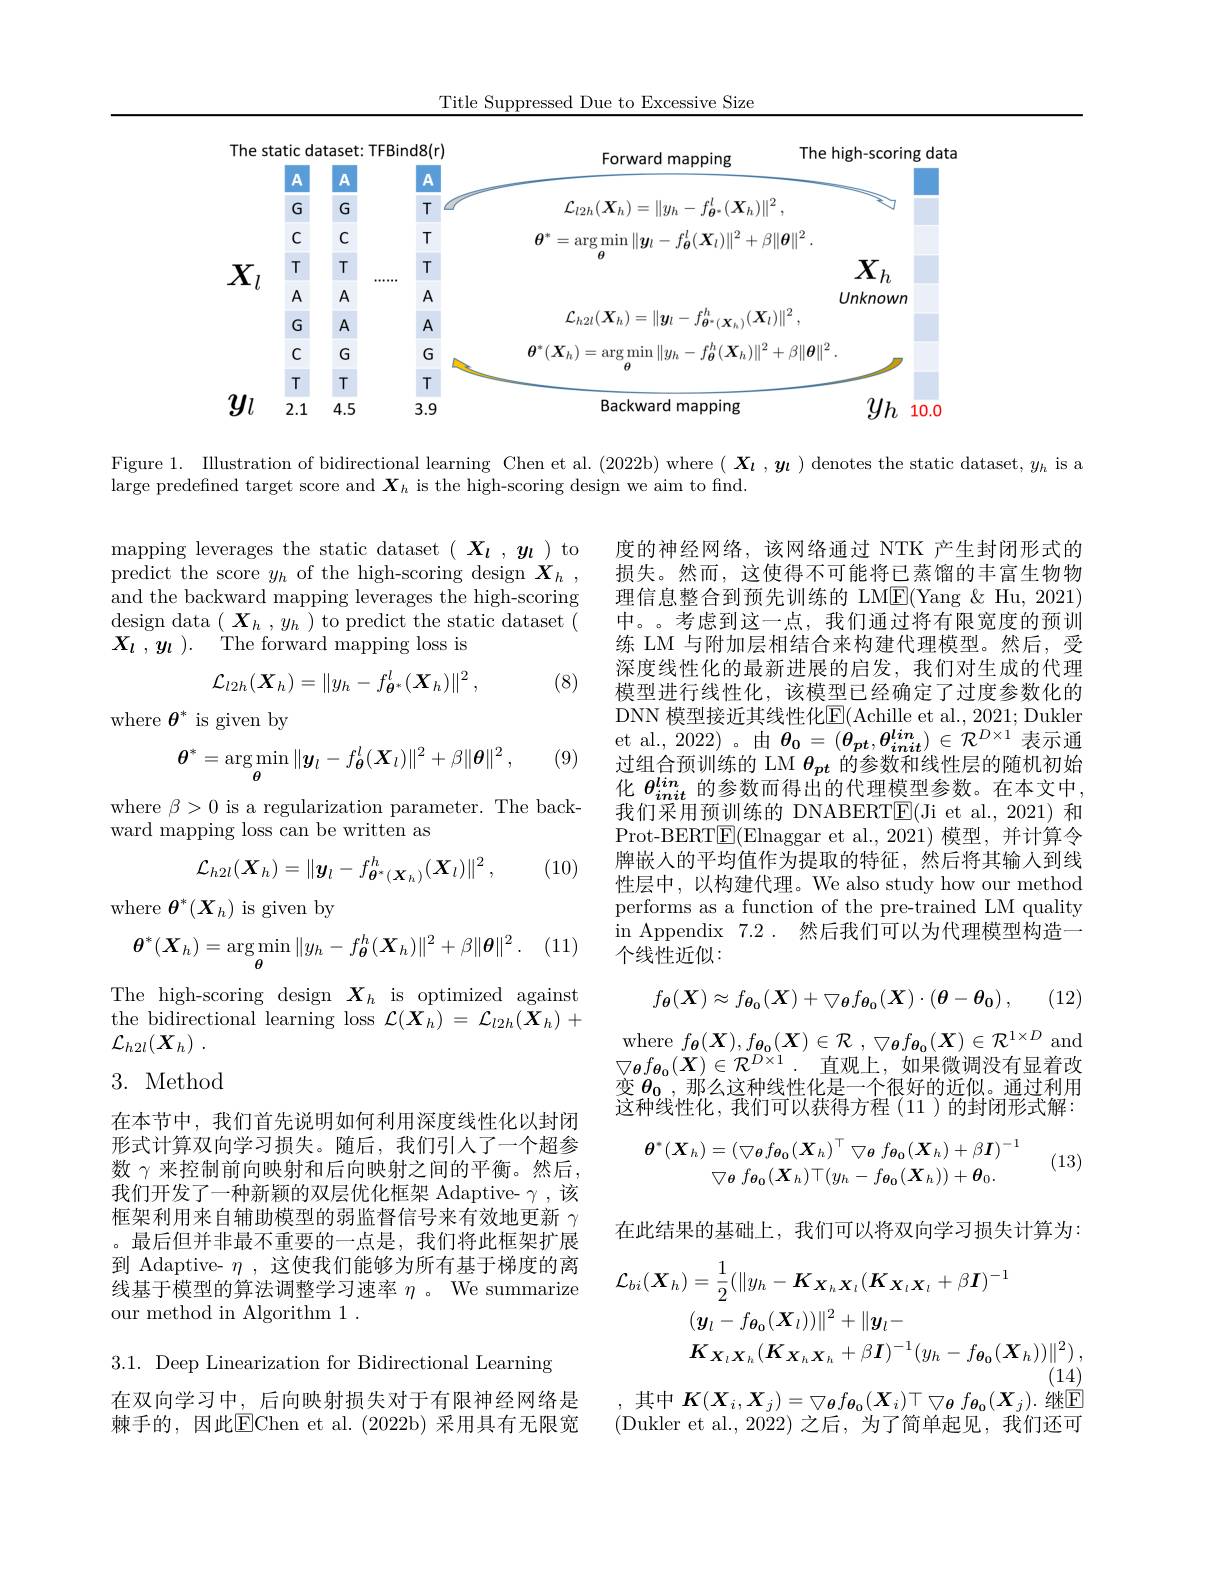
Title Suppressed Due to Excessive Size

<FigureHere>

Figure 1. Illustration of bidirectional learning Chen et al. (2022b) where ( $\boldsymbol{X_\iota},\boldsymbol{y_\iota})$ denotes the static dataset, $y_h$ is a
large predefined target score and $\boldsymbol X_h$ is the high-scoring design we aim to find.

mapping leverages the static dataset $(\begin{array}{c}X_{l}&,&y_{l}\end{array})$ to predict the score $y_h$ of the high-scoring design $X_h$ and the backward mapping leverages the high-scoring design data $(\boldsymbol X_h,y_h)$ to predict the static dataset ( $X_l$ , $y_l$ ). The forward mapping loss is
$$\mathcal{L}_{l2h}(\boldsymbol{X}_{h})=\|y_{h}-f_{\boldsymbol{\theta}^{*}}^{l}(\boldsymbol{X}_{h})\|^{2}\:,$$
(8)

where $\theta^*$ is given by

度的神经网络，该网络通过 NTK 产生封闭形式的损失。然而，这使得不可能将已蒸馏的丰富生物物理信息整合到预先训练的 LM$\underline{\mathrm{E}}($Yang &Hu, 2021) 中。。考虑到这一点，我们通过将有限宽度的预训练 LM 与附加层相结合来构建代理模型。然后，受深度线性化的最新进展的启发，我们对生成的代理模型进行线性化，该模型已经确定了过度参数化的DNN 模型接近其线性化$\underline{\mathrm{E}}($Achille et al., 2021; Dukler et al., 2022)。由 $\theta_{\mathbf{0}}=(\theta_{pt},\theta_{init}^{li\boldsymbol{n}})\in\mathcal{R}^{D\times1}$表示通过组合预训练的 LM $\theta_{pt}$的参数和线性层的随机初始化$\theta_{init}^{lin}$的参数而得出的代理模型参数。在本文中， 我们采用预训练的 DNABERT$\underline{\mathrm{E}}($Ji et al.,2021)和Prot-BERT$\boxed{\mathrm{E}}($Elnaggar et al.,2021)模型，并计算令牌嵌入的平均值作为提取的特征，然后将其输人到线性层中，以构建代理。We also study how our method performs as a function of the pre-trained LM quality in Appendix 7.2 . 然后我们可以为代理模型构造一个线性近似：
$$\boldsymbol{\theta}^*=\arg\min_{\boldsymbol{\theta}}\|\boldsymbol{y}_l-f_{\boldsymbol{\theta}}^l(\boldsymbol{X}_l)\|^2+\beta\|\boldsymbol{\theta}\|^2\:,$$
(9)

where $\beta>0$ is a regularization parameter. The back-
ward mapping loss can be written as
$$\mathcal{L}_{h2l}(\boldsymbol{X}_h)=\|\boldsymbol{y}_l-f_{\boldsymbol{\theta}^*(\boldsymbol{X}_h)}^h(\boldsymbol{X}_l)\|^2\:,$$
(10)

where $\boldsymbol{\theta}^*(\boldsymbol{X}_h)$ is given by

(11,
$$\boldsymbol{\theta}^{*}(\boldsymbol{X}_{h})=\arg\min_{\boldsymbol{\theta}}\|y_{h}-f_{\boldsymbol{\theta}}^{h}(\boldsymbol{X}_{h})\|^{2}+\beta\|\boldsymbol{\theta}\|^{2}\:.$$
(12)
$$f_{\boldsymbol{\theta}}(\boldsymbol{X})\approx f_{\boldsymbol{\theta_0}}(\boldsymbol{X})+\bigtriangledown_{\boldsymbol{\theta}}f_{\boldsymbol{\theta_0}}(\boldsymbol{X})\cdot(\boldsymbol{\theta}-\boldsymbol{\theta_0})\:,$$
The high-scoring design $X_h$ is optimized against the bidirectional learning $\operatorname{loss}\mathcal{L}(\boldsymbol{X}_{h})=\mathcal{L}_{l2h}(\check{\boldsymbol{X}}_{h})+$ ${\mathcal{L} }_{h2l}( \boldsymbol{X}_{h})$ .

where $f_{\boldsymbol{\theta }}( \boldsymbol{X}) , f_{\boldsymbol{\theta }_{0}}( \boldsymbol{X}) \in \mathcal{R}$ , $\bigtriangledown _{\boldsymbol{\theta }}f_{\boldsymbol{\theta }_{0}}( \boldsymbol{X}) \in \mathcal{R} ^{1\times D}$ and $\bigtriangledown_{\boldsymbol{\theta}}f_{\boldsymbol{\theta}_0}(\boldsymbol{X})\in\mathcal{R}^{D\times1}.$直观上，如果微调没有显着改变$\theta_0$,那么这种线性化是一个很好的近似。通过利用这种线性化，我们可以获得方程(11)的封闭形式解：

# 3. Method
$$\boldsymbol{\theta}^{*}(\boldsymbol{X}_{h})=(\bigtriangledown_{\boldsymbol{\theta}}f_{\boldsymbol{\theta_{0}}}(\boldsymbol{X}_{h})^{\top}\bigtriangledown_{\boldsymbol{\theta}}f_{\boldsymbol{\theta_{0}}}(\boldsymbol{X}_{h})+\beta\boldsymbol{I})^{-1}\\\bigtriangledown_{\boldsymbol{\theta}}f_{\boldsymbol{\theta_{0}}}(\boldsymbol{X}_{h})\top(y_{h}-f_{\boldsymbol{\theta_{0}}}(\boldsymbol{X}_{h}))+\boldsymbol{\theta}_{0}.$$
(13)

在本节中，我们首先说明如何利用深度线性化以封闭形式计算双向学习损失。随后，我们引人了一个超参数$\gamma$来控制前向映射和后向映射之间的平衡。然后， 我们开发了一种新颖的双层优化框架 Adaptive- $\gamma$,该框架利用来自辅助模型的弱监督信号来有效地更新$\gamma$ 。最后但并非最不重要的一点是，我们将此框架扩展到 Adaptive- $\eta$,这使我们能够为所有基于梯度的离线基于模型的算法调整学习速率$\eta$ 。We summarize our method in Algorithm 1 .

在此结果的基础上，我们可以将双向学习损失计算为：
$$\begin{aligned}\mathcal{L}_{bi}(\boldsymbol{X}_{h})&=\frac{1}{2}(\|y_{h}-\boldsymbol{K}_{\boldsymbol{X}_{h}\boldsymbol{X}_{h}}(\boldsymbol{K}_{\boldsymbol{X}_{l}\boldsymbol{X}_{l}}+\beta\boldsymbol{I})^{-1}\\&(\boldsymbol{y}_{l}-f_{\boldsymbol{\theta}_{0}}(\boldsymbol{X}_{l}))\|^{2}+\|\boldsymbol{y}_{l}-\\&\boldsymbol{K}_{\boldsymbol{X}_{l}\boldsymbol{X}_{h}}(\boldsymbol{K}_{\boldsymbol{X}_{h}\boldsymbol{X}_{h}}+\beta\boldsymbol{I})^{-1}(y_{h}-f_{\boldsymbol{\theta}_{0}}(\boldsymbol{X}_{h}))\|^{2})\:,\end{aligned}$$
3.1. Deep Linearization for Bidirectional Learning

,其中$K(X_i,X_j)=\bigtriangledown_{\boldsymbol{\theta}}f_{\boldsymbol{\theta}_0}(\boldsymbol{X}_i)\top\bigtriangledown_{\boldsymbol{\theta}}f_{\boldsymbol{\theta}_0}(\boldsymbol{X}_j).$继$\overline{\mathbb{E}}$

在双向学习中，后向映射损失对于有限神经网络是棘手的，因此$\boxed{\mathrm{E}}$Chen et al.(2022b)采用具有无限宽

(Dukler et al.,2022)之后，为了简单起见，我们还可